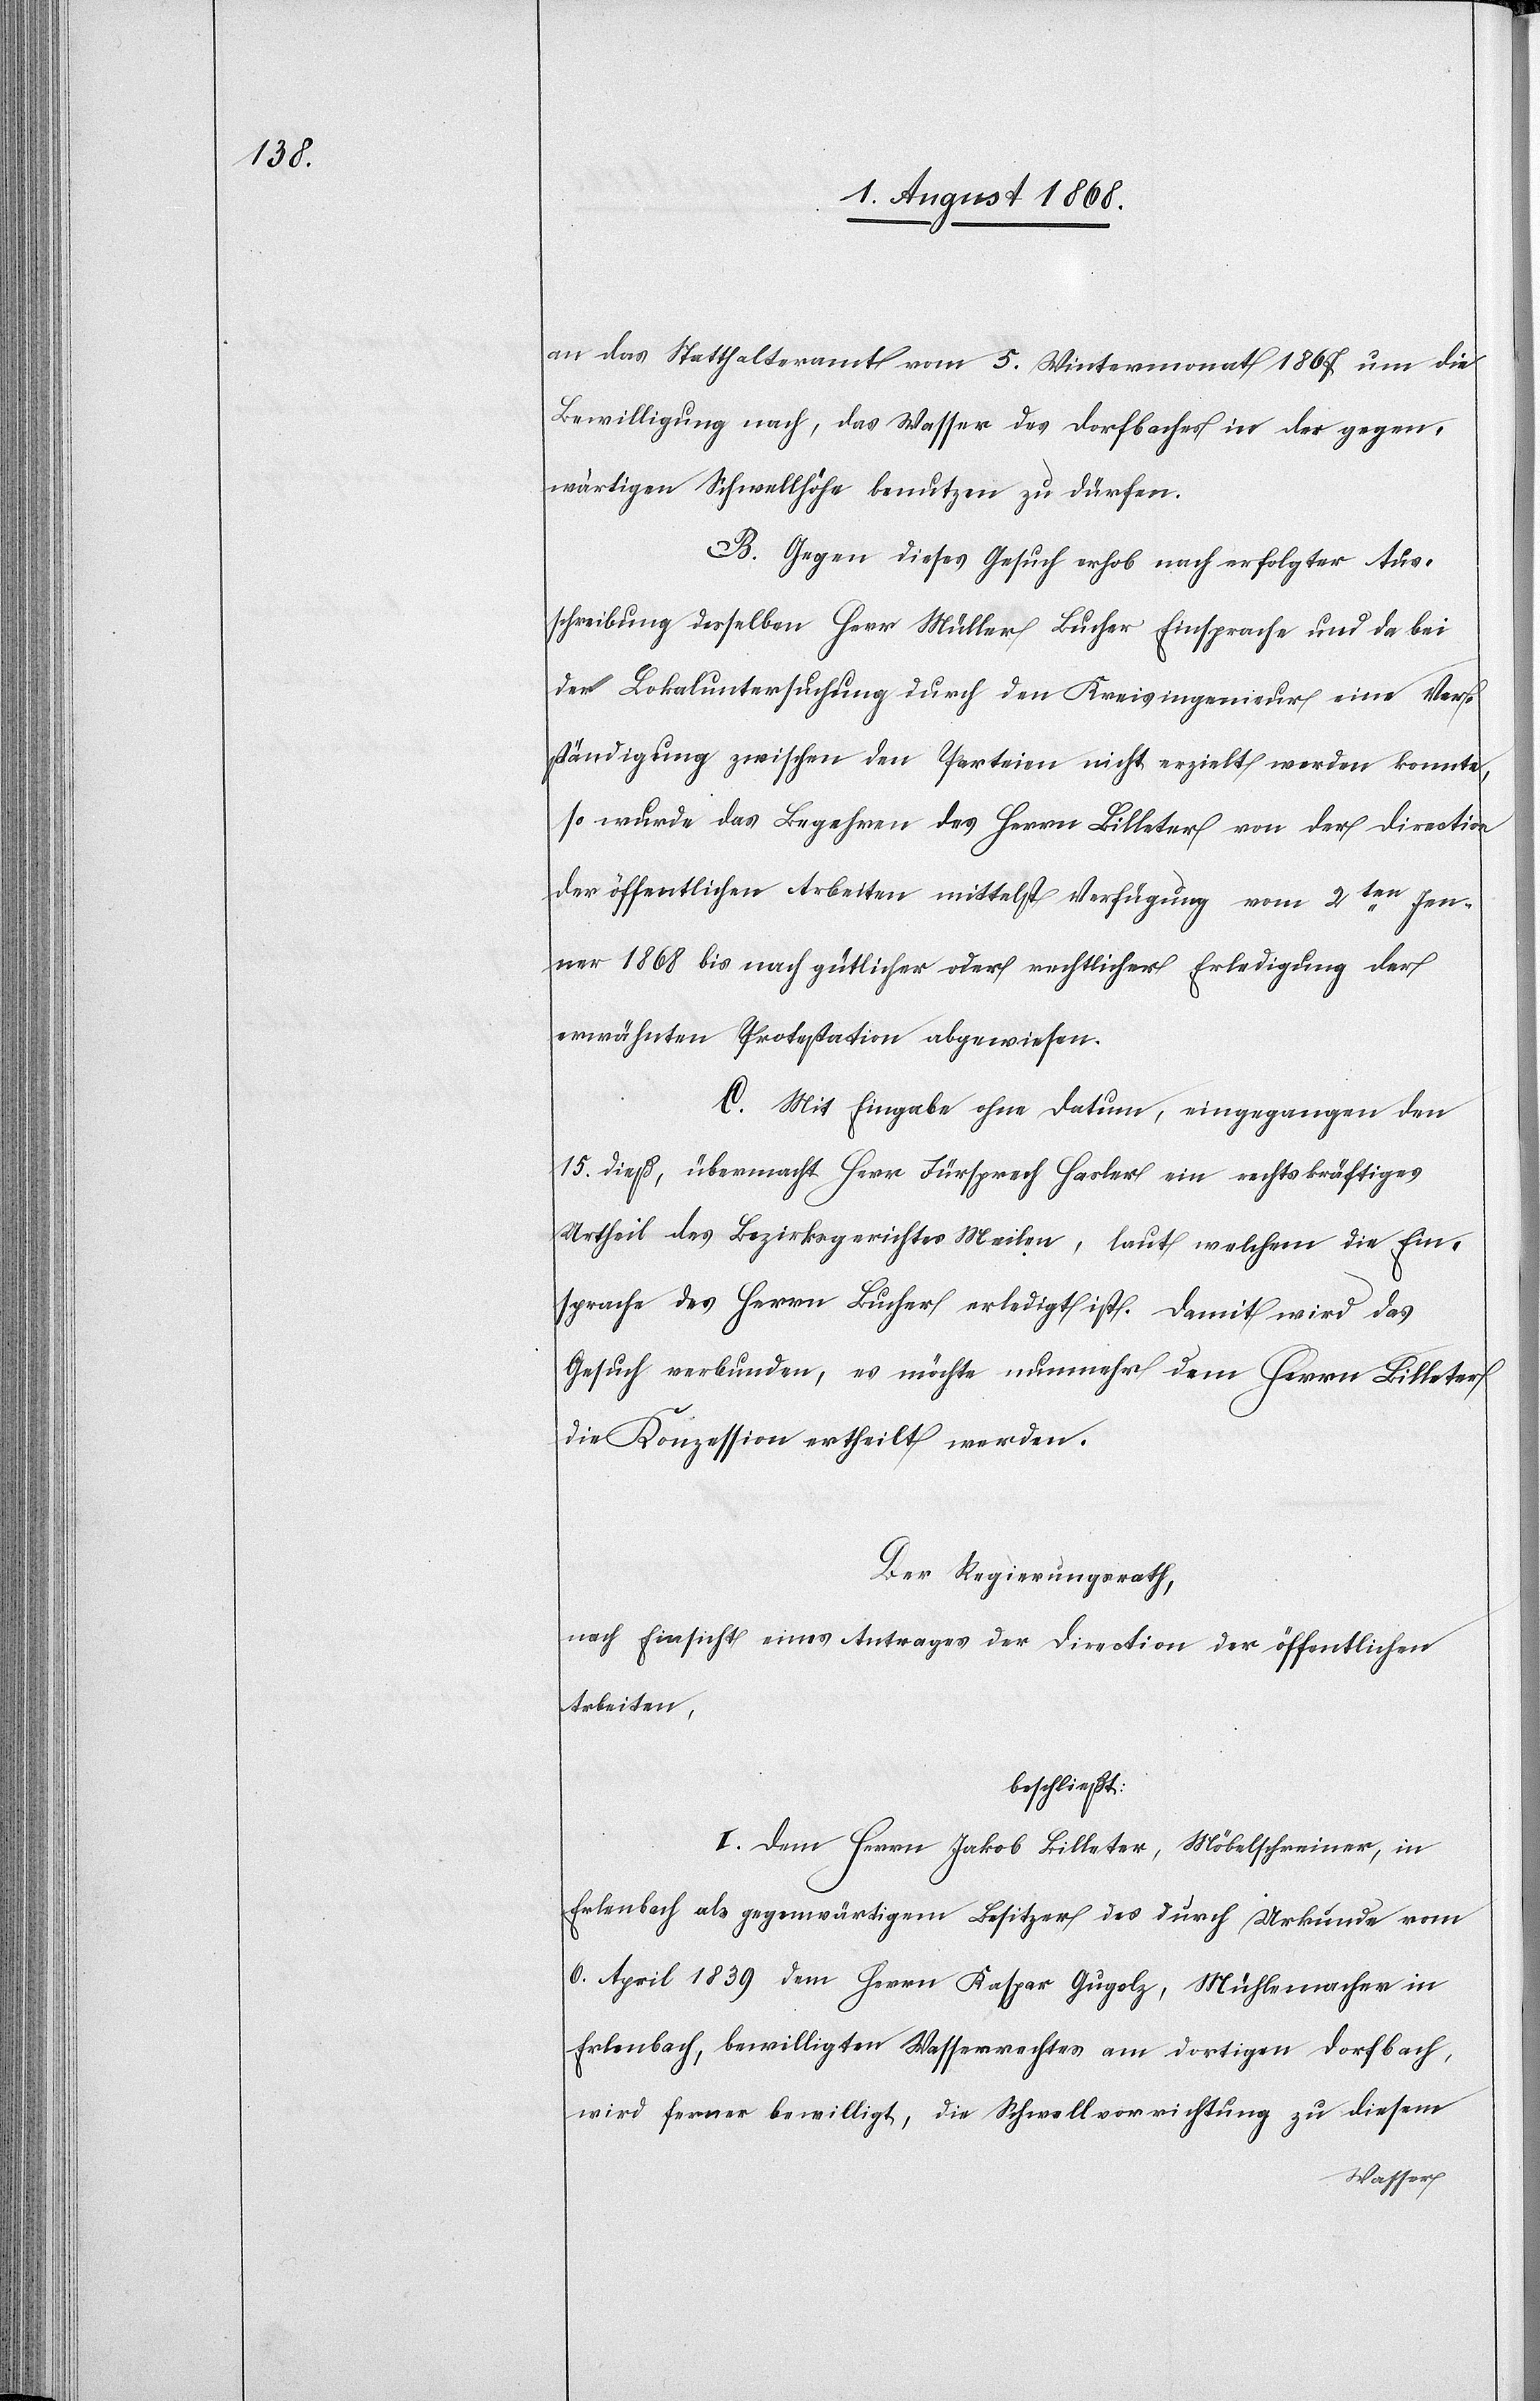
an das Statthalteramt vom 5. Wintermonat 1867 um die
Bewilligung nach, das Wasser des Dorfbaches in der gegen¬
wärtigen Schwellhöhe benutzen zu dürfen.
B. Gegen dieses Gesuch erhob nach erfolgter Aus¬
schreibung desselben Herr Müller Bucher Einsprache und da bei
der Lokaluntersuchung durch den Kreisingenieur eine Vers¬
tändigung zwischen den Parteien nicht erzielt werden konnte,
so wurde das Begehren des Herrn Billeter von der Direction
der öffentlichen Arbeiten mittelst Verfügung vom 2ten Jen¬
ner 1868 bis nach gütlicher oder rechtlicher Erledigung der
erwähnten Protestation abgewiesen.
C. Mit Eingabe ohne Datum, eingegangen den
15. dieß, übermacht Herr Fürsprech Hasler ein rechtskräftiges
Urtheil des Bezirksgerichtes Meilen, laut welchem die Ein¬
sprache des Herrn Bucher erledigt ist. Damit wird das
Gesuch verbunden, es möchte nunmehr dem Herrn Billeter
die Konzession ertheilt werden.
Der Regierungsrath,
nach Einsicht eines Antrages der Direction der öffentlichen
Arbeiten,
beschließt:
I. Dem Herrn Jakob Billeter, Möbelschreiner, in
Erlenbach als gegenwärtigem Besitzer des durch Urkunde vom
6. April 1839 dem Herrn Kaspar Gugolz, Mühlemacher in
Erlenbach, bewilligten Wasserrechtes am dortigen Dorfbach,
wird ferner bewilligt, die Schwellvorrichtung zu diesem